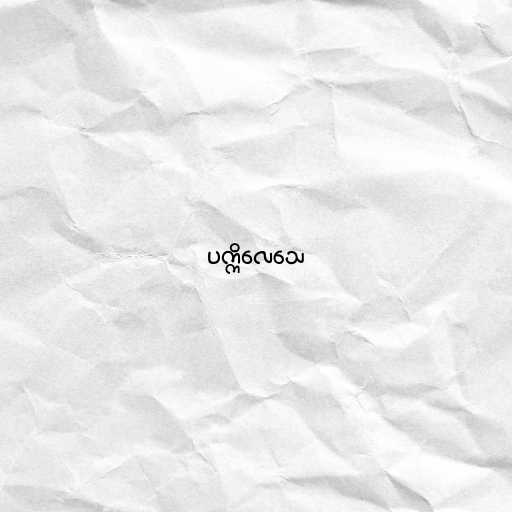
ပက္ကိလေသေ